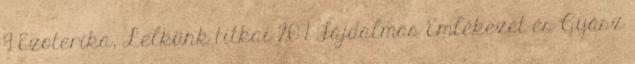
9 Ezoterika, Lelkünk titkai 207 Fájdalmas Emlékezet és Gyász